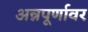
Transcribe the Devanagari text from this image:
अन्नपूर्णावर